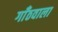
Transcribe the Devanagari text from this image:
गाँठवाला